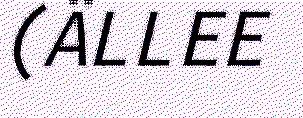
(ÄLLEE